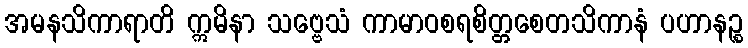
အမနသိကာရာတိ ဣမိနာ သဗ္ဗေသံ ကာမာဝစရစိတ္တစေတသိကာနံ ပဟာနဉ္စ